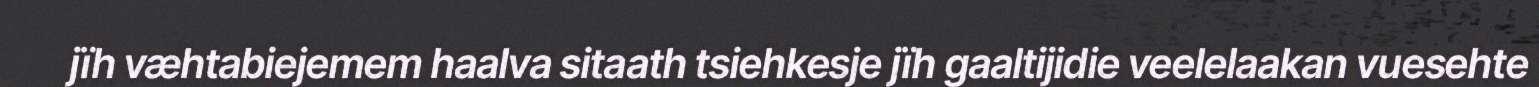
jïh væhtabiejemem haalva sitaath tsiehkesje jïh gaaltijidie veelelaakan vuesehte